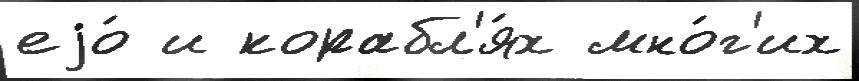
еjо́ и корабл'я́х мно́г'их